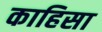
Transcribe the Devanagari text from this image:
काहिसा